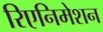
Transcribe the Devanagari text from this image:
रिएनिमेशन